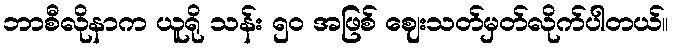
ဘာစီလိုနာက ယူရို သန်း ၅၀ အဖြစ် ဈေးသတ်မှတ်လိုက်ပါတယ်။